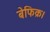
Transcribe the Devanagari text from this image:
बेफिक्र।